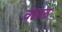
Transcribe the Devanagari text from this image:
वेन्नल